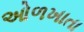
ઓળખાતા